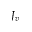
J _ { v }